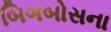
બિગબોસના